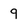
Character: 9